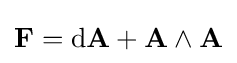
\mathbf {F} =\mathrm {d} \mathbf {A} +\mathbf {A} \wedge \mathbf {A}